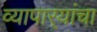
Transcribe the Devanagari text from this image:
व्यापार्‍यांचा